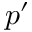
p ^ { \prime }